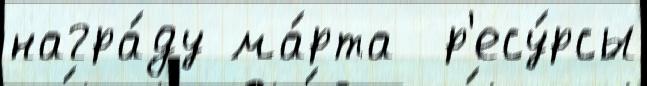
награ́ду ма́рта  р'есу́рсы